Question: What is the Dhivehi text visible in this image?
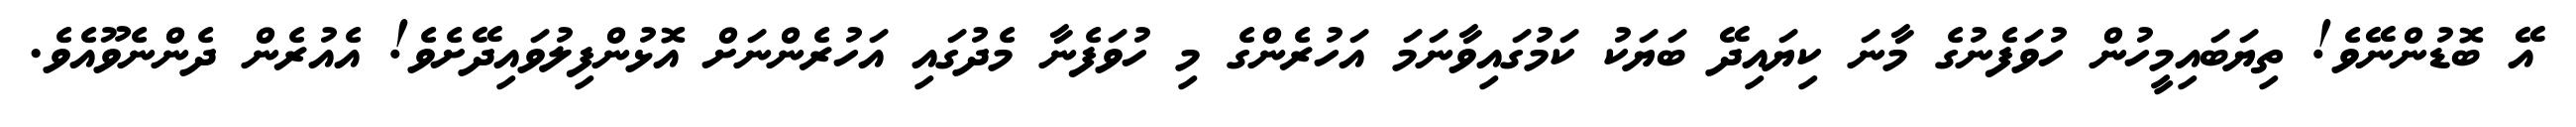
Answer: އޭ ބޮޑުންނޭވެ! ތިޔަބައިމީހުން ހުވަފެނުގެ މާނަ ކިޔައިދޭ ބަޔަކު ކަމުގައިވާނަމަ އަހުރެންގެ މި ހުވަފެނާ މެދުގައި އަހުރެންނަށް އޮޅުންފިލުވައިދޭށެވެ! އެއުރެން ދެންނެވޫއެވެ.